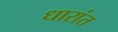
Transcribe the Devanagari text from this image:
धारांत